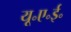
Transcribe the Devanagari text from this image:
यू॰ए॰ई॰